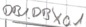
Text: DB1.DBX0.1